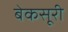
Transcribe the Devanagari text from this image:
बेकसूरी